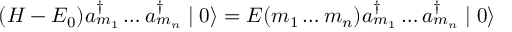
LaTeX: ( H - E _ { 0 } ) a _ { m _ { 1 } } ^ { \dagger } \ldots a _ { m _ { n } } ^ { \dagger } \mid 0 \rangle = E ( m _ { 1 } \ldots m _ { n } ) a _ { m _ { 1 } } ^ { \dagger } \ldots a _ { m _ { n } } ^ { \dagger } \mid 0 \rangle